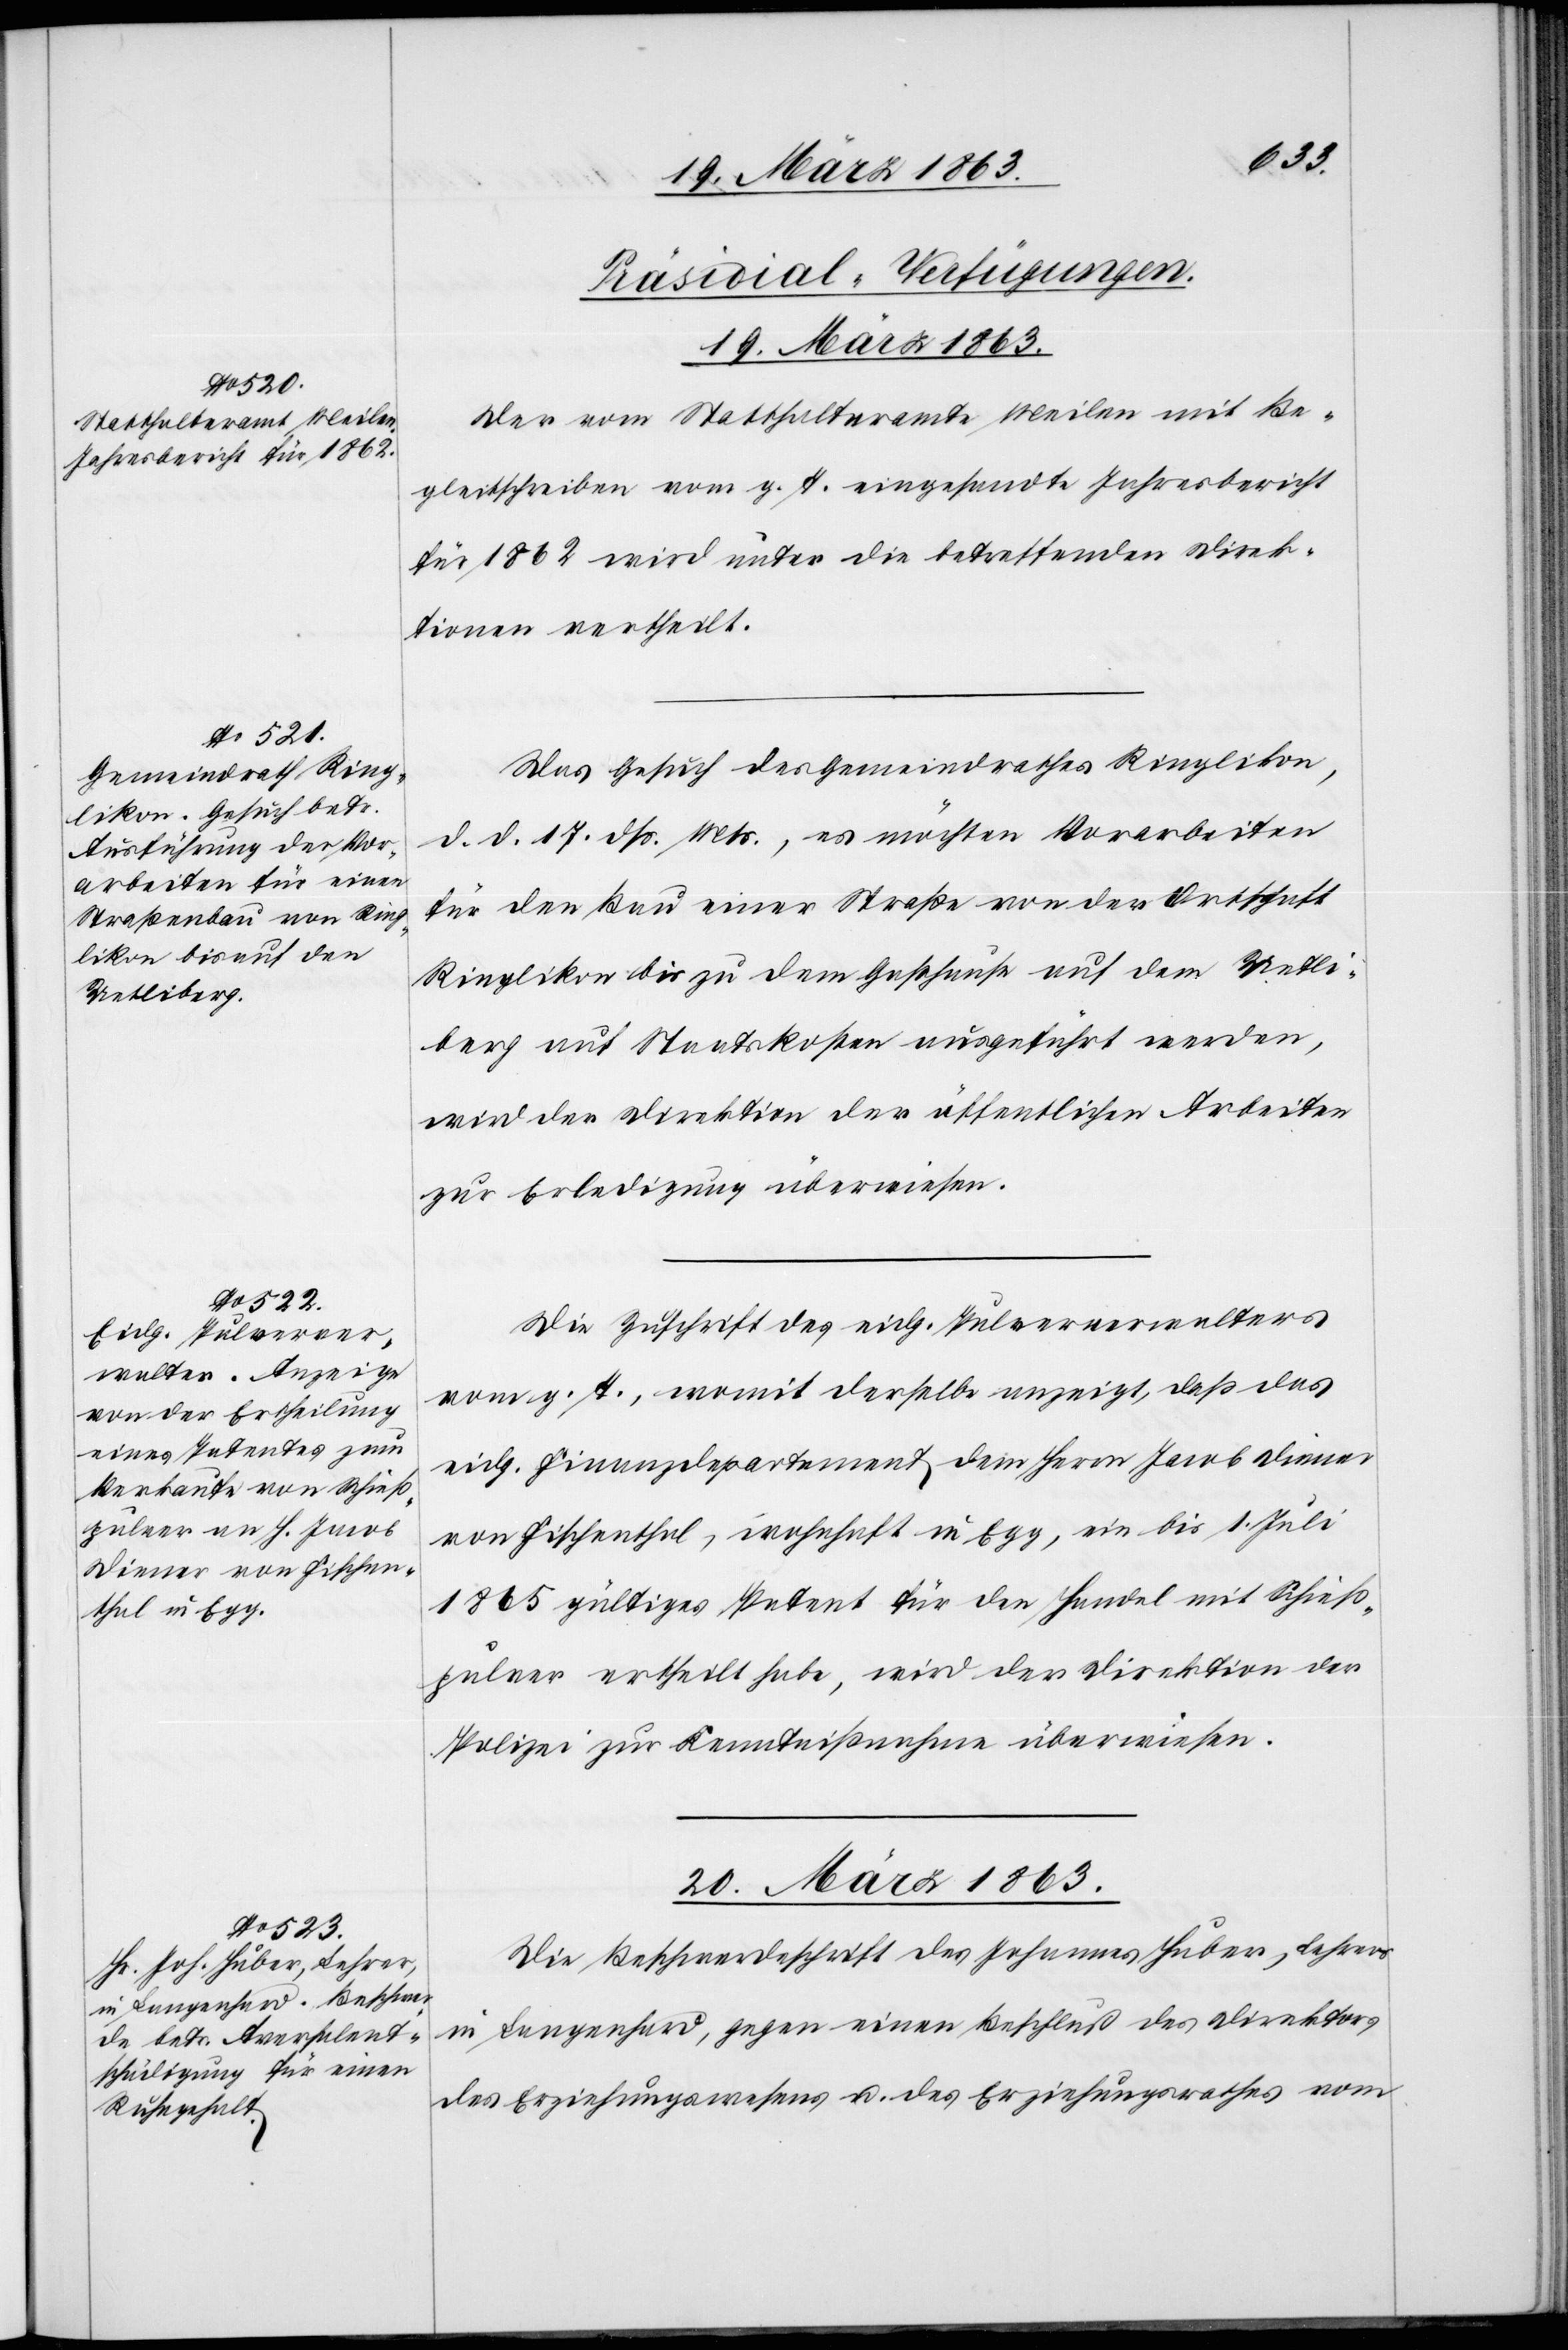
[Präsidial-Verfügungen.]
19. März 1863.]
Der vom Statthalteramte Meilen mit Be¬
gleitschreiben vom g. T. eingesandte Jahresbericht
für 1862 wird unter die betreffenden Direk¬
tionen vertheilt.
Das Gesuch des Gemeindrathes Ringlikon,
d. d. 17. dß. Mts., es möchten Vorarbeiten
für den Bau einer Straße von der Ortschaft
Ringlikon bis zu dem Gasthause auf dem Uetli¬
berg auf Staatskosten ausgeführt werden,
wird der Direktion der öffentlichen Arbeiten
zur Erledigung überwiesen.
Die Zuschrift des eidg. Pulververwalters
vom g. T., womit derselbe anzeigt, daß das
eidg. Finanzdepartement dem Herrn Jacob Diener
von Fischenthal, wohnhaft in Egg, ein bis 1. Juli
1865 gültiges Patent für den Handel mit Schieß¬
pulver ertheilt habe, wird der Direktion der
Polizei zur Kenntnißnahme überwiesen.
20. März 1863.
Die Beschwerdeschrift des Johannes Huber, Lehrer
in Langenhard, gegen einen Beschluß des Direktors
des Erziehungswesens u. des Erziehungsrathes vom